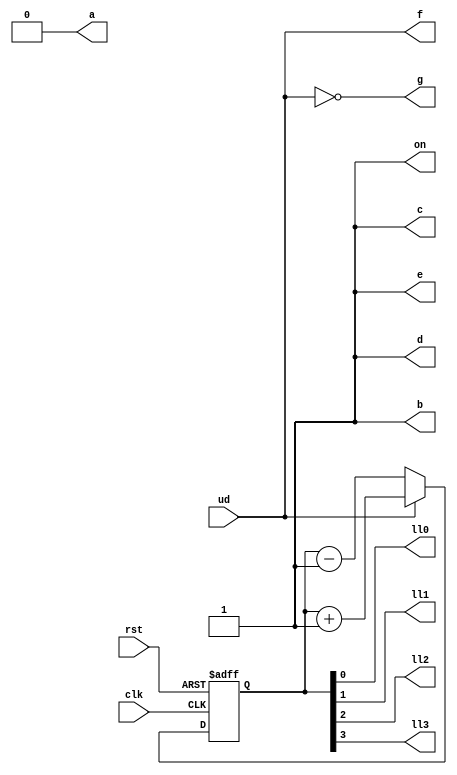
`timescale 1ns / 1ps
//////////////////////////////////////////////////////////////////////////////////
// Company: 
// Engineer: 
// 
// Design Name: 
// Module Name: updown
// Project Name: 
// Target Devices: 
// Tool Versions: 
// Description: 
// 
// Dependencies: 
// 
// Revision:
// Revision 0.01 - File Created
// Additional Comments:
// 
//////////////////////////////////////////////////////////////////////////////////
module updown(
    input ud,rst,clk,
    output ll0,ll1,ll2,ll3,
    output a,b,c,d,e,f,g,on
    );
reg [3:0] l;
initial l=4'b0000;
always @(negedge clk or posedge rst) begin
    if(rst) begin
        l[0]=0;l[1]=0;l[2]=0;l[3]=0;
    end
    else if(ud) begin
        l=l+1;
    end
    else if(!ud) begin
        l=l-1;
    end
end
assign ll0=l[0];
assign ll1=l[1];
assign ll2=l[2];
assign ll3=l[3];
assign a=0;
assign b=1;
assign c=1;
assign d=1;
assign e=1;
assign f=ud;
assign g=~ud;
assign on=1;
endmodule